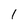
Character: I